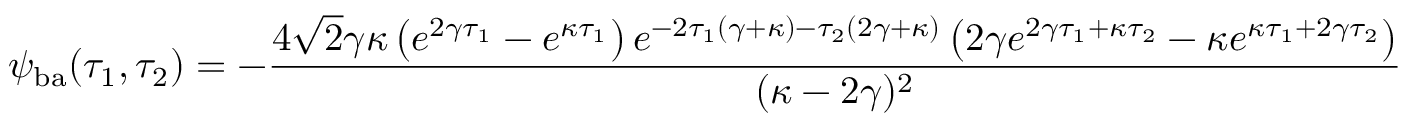
\psi _ { \mathrm { b a } } ( \tau _ { 1 } , \tau _ { 2 } ) = - \frac { 4 \sqrt { 2 } \gamma \kappa \left( e ^ { 2 \gamma \tau _ { 1 } } - e ^ { \kappa \tau _ { 1 } } \right) e ^ { - 2 \tau _ { 1 } ( \gamma + \kappa ) - \tau _ { 2 } ( 2 \gamma + \kappa ) } \left( 2 \gamma e ^ { 2 \gamma \tau _ { 1 } + \kappa \tau _ { 2 } } - \kappa e ^ { \kappa \tau _ { 1 } + 2 \gamma \tau _ { 2 } } \right) } { ( \kappa - 2 \gamma ) ^ { 2 } }